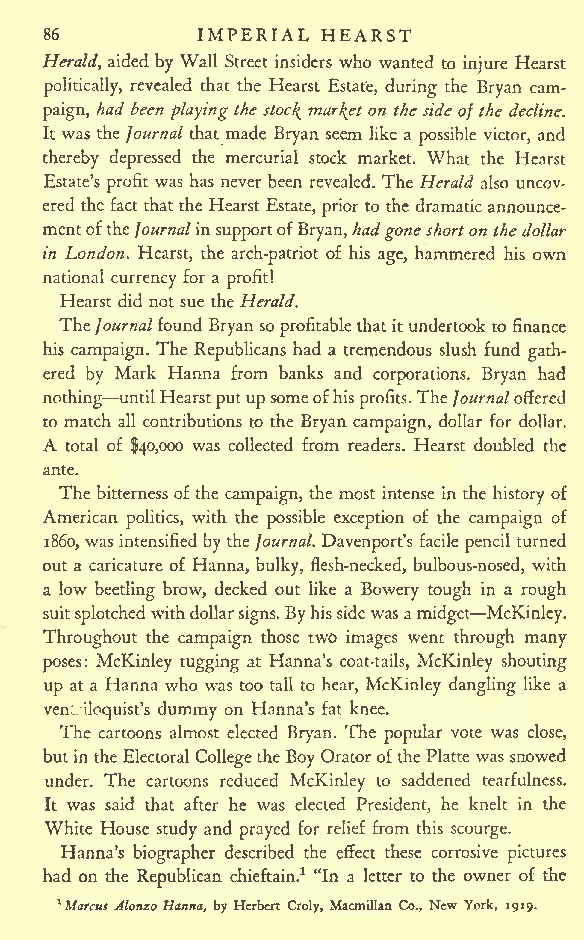
IMPERIAL HEARST
 86
 Herald, aided by Wall Street insiders who wanted to injure Hearst
 politically, revealed that the Hearst Estate, during the Bryan cam-
 paign, had been playing the stocJ^ market on thesideofthedecline.
 It was the Journal that made Bryan seem like a possible victor, and
 thereby depressed the mercurial stock market. What the Hearst
 Estate's profit was has never been revealed. The Herald also uncov-
 ered the fact thatthe Hearst Estate, prior to the dramaticannounce-
 mentoftheJournalinsupportofBryan,hadgoneshorton thedollar
 in London. Hearst, the arch-patriot of his age, hammered his own
 national currency for a profit!
 Hearst did not sue the Herald.
 The Journalfound Bryan soprofitablethatitundertook to finance
 his campaign. The Republicans had a tremendous slush fund gath-
 ered by Mark Hanna from banks and corporations. Bryan had
 nothing untilHearstputupsomeofhisprofits.The Journaloffered
 to match all contributions to the Bryan campaign, dollar for dollar.
 A total of $40,000 was collected from readers. Hearst doubled the
 ante.
 The bitterness of the campaign, the most intense in the history of
 American politics, with the possible exception of the campaign of
 1860, was intensified bytheJournal. Davenport's facile pencil turned
 out a caricature of Hanna, bulky, flesh-necked, bulbous-nosed, with
 a low beetling brow, decked out like a Bowery tough in a rough
 suitsplotchedwithdollarsigns.Byhissidewasamidget McKinley.
 Throughout the campaign those two images went through many
 poses: McKinley tugging at Hanna's coat-tails, McKinley shouting
 up at a Hanna who was too tall to hear, McKinley dangling like a
 venliloquist's dummy on Hanna's fat knee.
 The cartoons almost elected Bryan. The popular vote was close,
 butinthe Electoral Collegethe Boy OratorofthePlatte was snowed
 under. The cartoons reduced McKinley to saddened tearfulness.
 It was said that after he was elected President, he knelt in the
 White House study and prayed for relief from this scourge.
 Hanna's biographer described the effect these corrosive pictures
 had on the Republican chieftain.1 "In a letter to the owner of the
 1Marcus Alonzo Hanna, by Herbert Croly, Macmillan Co., New York, 1919.